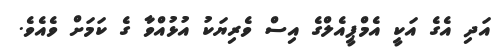
އަދި އެގެ އަކީ އެމްޕީއެލްގެ އިސް ވެރިޔަކު އުޅުއްވާ ގެ ކަމަށް ވެއެވެ.